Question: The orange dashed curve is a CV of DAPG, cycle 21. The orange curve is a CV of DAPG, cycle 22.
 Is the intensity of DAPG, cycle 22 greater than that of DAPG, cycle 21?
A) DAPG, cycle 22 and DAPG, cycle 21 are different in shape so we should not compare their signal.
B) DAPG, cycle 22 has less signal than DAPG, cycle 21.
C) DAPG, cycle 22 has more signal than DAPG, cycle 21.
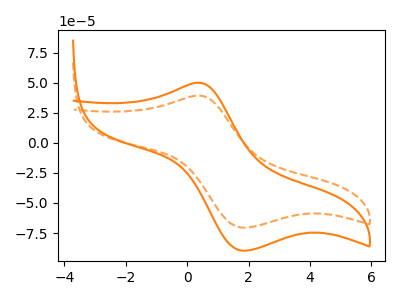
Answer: <think>The orange dashed curve "DAPG, cycle 21" has an anodic peak at (0.40V, 39.30uA) and a cathodic peak at (1.90V, -70.55uA). The orange curve "DAPG, cycle 22" has an anodic peak at (0.40V, 50.00uA) and a cathodic peak at (1.90V, -89.75uA).
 All the peaks in "DAPG, cycle 22" have a peak in "DAPG, cycle 21" at the same potential. Every peak in "DAPG, cycle 22" is higher than every peak in "DAPG, cycle 21".</think>
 <answer>C) "DAPG, cycle 22" has more signal than "DAPG, cycle 21".</answer>
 <eval>C</eval>